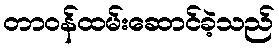
တာဝန်ထမ်းဆောင်ခဲ့သည်